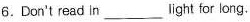
6.Don't read in___ light for long.